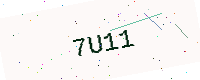
Text: 7U11